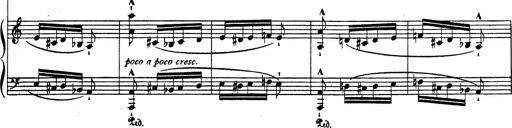
Title: Rhapsodie espagnole
Composer: Franz Liszt